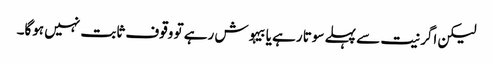
لیکن اگر نیت سے پہلے سوتا رہے یا بیہوش رہے تو وقوف ثابت نہیں ہوگا۔